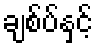
ချစ်ပ်နှင့်